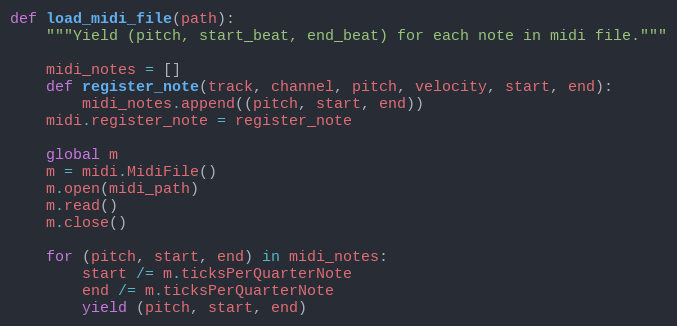
Language: Python
def load_midi_file(path):
    """Yield (pitch, start_beat, end_beat) for each note in midi file."""

    midi_notes = []
    def register_note(track, channel, pitch, velocity, start, end):
        midi_notes.append((pitch, start, end))
    midi.register_note = register_note

    global m
    m = midi.MidiFile()
    m.open(midi_path)
    m.read()
    m.close()

    for (pitch, start, end) in midi_notes:
        start /= m.ticksPerQuarterNote
        end /= m.ticksPerQuarterNote
        yield (pitch, start, end)